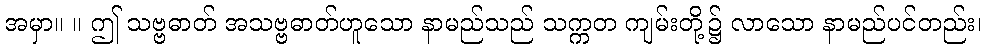
အမှာ။ ။ ဤ သဗ္ဗဓာတ် အသဗ္ဗဓာတ်ဟူသော နာမည်သည် သက္ကတ ကျမ်းတို့၌ လာသော နာမည်ပင်တည်း၊